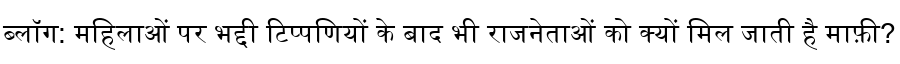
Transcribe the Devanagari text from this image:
ब्लॉग: महिलाओं पर भद्दी टिप्पणियों के बाद भी राजनेताओं को क्यों मिल जाती है माफ़ी?